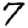
Digit: 7